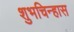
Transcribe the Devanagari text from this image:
शुभचिन्हास